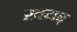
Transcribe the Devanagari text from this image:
खयर्